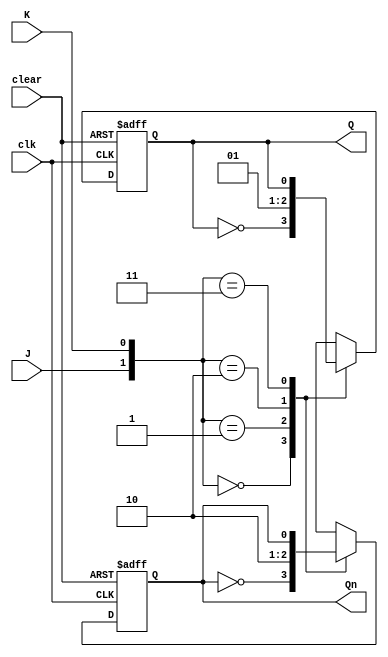
module neg_edge_jk_ff (
    input wire J, // input J
    input wire K, // input K
    input wire clk, // clock input
    input wire clear, // clear/reset input
    output reg Q, // output Q
    output reg Qn // output Q'
);

always @(negedge clk or posedge clear)
begin
    if (clear) begin
        Q <= 1'b0; // reset Q to 0
        Qn <= 1'b1; // reset Q' to 1
    end
    else begin
        case({J,K})
            2'b00: begin // toggle mode
                Q <= ~Q;
                Qn <= ~Qn;
            end
            2'b01: begin // clear mode
                Q <= 1'b0;
                Qn <= 1'b1;
            end
            2'b10: begin // set mode
                Q <= 1'b1;
                Qn <= 1'b0;
            end
            2'b11: begin // hold mode
                Q <= Q;
                Qn <= Qn;
            end
        endcase
    end
end

endmodule